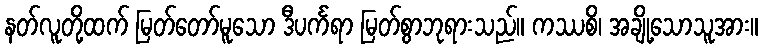
နတ်လူတို့ထက် မြတ်တော်မူသော ဒီပင်္ကရာ မြတ်စွာဘုရားသည်။ ကဿစိ၊ အချို့သောသူအား။